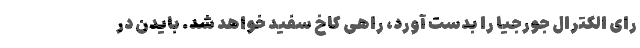
رای الکترال جورجیا را بدست آورد، راهی کاخ سفید خواهد شد. بایدن در